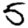
Digit: 5